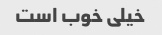
خیلی خوب است